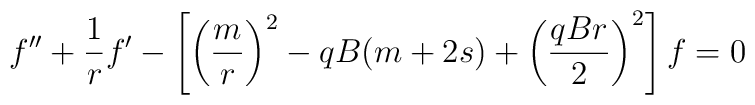
f''+\frac{1}{r}f'-\left[\left(\frac{m}{r}\right)^{2}-qB(m+2s)+\left(\frac{qBr}{2}\right)^{2}\right]f=0